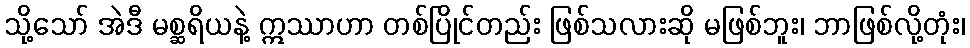
သို့သော် အဲဒီ မစ္ဆရိယနဲ့ ဣဿာဟာ တစ်ပြိုင်တည်း ဖြစ်သလားဆို မဖြစ်ဘူး၊ ဘာဖြစ်လို့တုံး၊